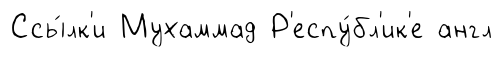
Ссы́лк'и Мухаммад Р'еспу́бл'ик'е англ